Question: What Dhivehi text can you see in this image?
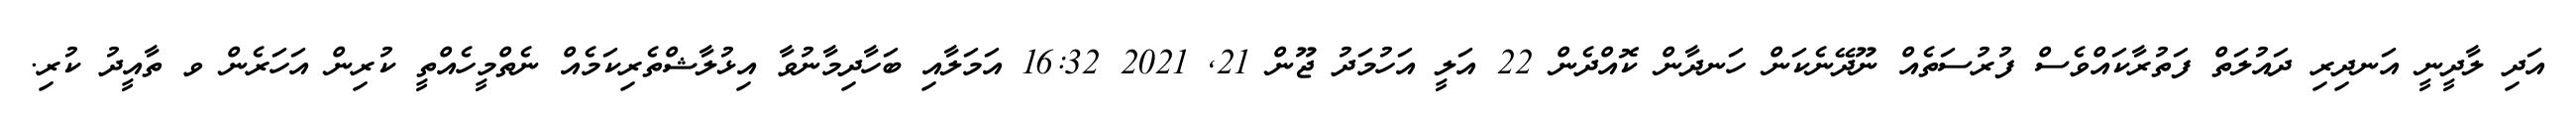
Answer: އަދި ލާދީނީ އަނދިރި ދައުލަތް ފަތުރާކައްވެސް ފުރުސަތެއް ނޫދޭނެކަން ހަނދާން ކޮއްދެން 22 އަލީ އަހުމަދު ޖޫން 21, 2021 16:32 އަމަލާއި ބަހާދިމާނުވާ އިޅުލާޝްތެރިކަމެއް ނެތްމީހެއްތީ ކުރިން އަހަރެން ވ ތާއީދު ކުރި.